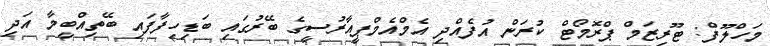
މަހްލޫފް: ޓޫރިޒަމް ޕްރޮމޯޓް ކުރަން އުފެއްދި އެމްއެމްޕީއާރުސީގެ ބޭރުގައި ބަޑިހިފާފައި ބޭތިއްބީމާ އަދި